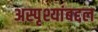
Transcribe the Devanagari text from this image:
अस्पृश्यांबद्दल